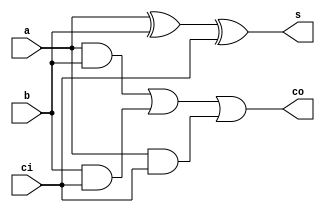
`timescale 1ns / 1ps
//////////////////////////////////////////////////////////////////////////////////
// Company: 
// Engineer: 
// 
// Design Name: 
// Module Name: adder_1bit
// Project Name: 
// Target Devices: 
// Tool Versions: 
// Description: 
// 
// Dependencies: 
// 
// Revision:
// Revision 0.01 - File Created
// Additional Comments:
// 
//////////////////////////////////////////////////////////////////////////////////


module adder_1bit(
    input a,
    input b,
    input ci,
    output s,
    output co
    );
    wire s1,c1,c2,c3;
    and (c1,a,b),
        (c2,b,ci),
        (c3,a,ci);
     
     xor (s1,a,b),
          (s,s1,ci);
          
     or (co,c1,c2,c3);   
endmodule